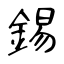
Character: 錫